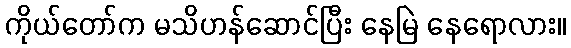
ကိုယ်တော်က မသိဟန်ဆောင်ပြီး နေမြဲ နေရောလား။